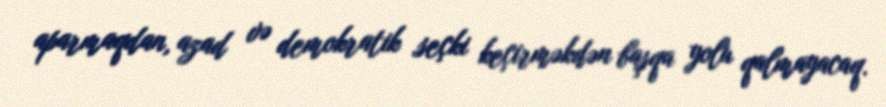
aparmaqdan, azad və demokratik seçki keçirməkdən başqa yolu qalmayacaq.